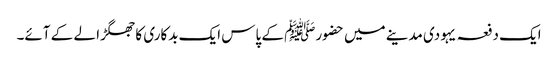
ایک دفعہ یہودی مدینے میں حضورﷺ کے پاس ایک بدکاری کا جھگڑا لے کے آئے۔